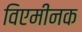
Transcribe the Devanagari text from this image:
विएमीनक